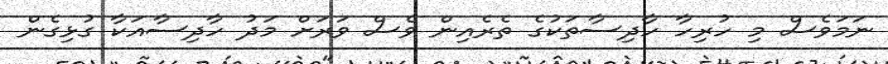
ނަމަވެސް މި ހުރިހާ ހާދިސާތަކުގެ ތެރެއިން ވެސް ވަރަށް މަދު ހާދިސާއަކާ ގުޅިގެން